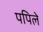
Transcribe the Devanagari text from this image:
पपिले